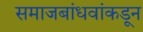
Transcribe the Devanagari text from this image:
समाजबांधवांकडून